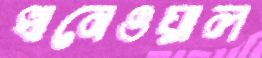
খানেওয়াল